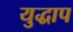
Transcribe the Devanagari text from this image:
युद्धाप